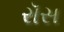
રૉસ